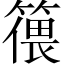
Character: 𱸠